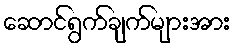
ဆောင်ရွက်ချက်များအား